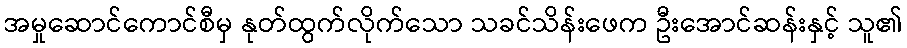
အမှုဆောင်ကောင်စီမှ နုတ်ထွက်လိုက်သော သခင်သိန်းဖေက ဦးအောင်ဆန်းနှင့် သူ၏